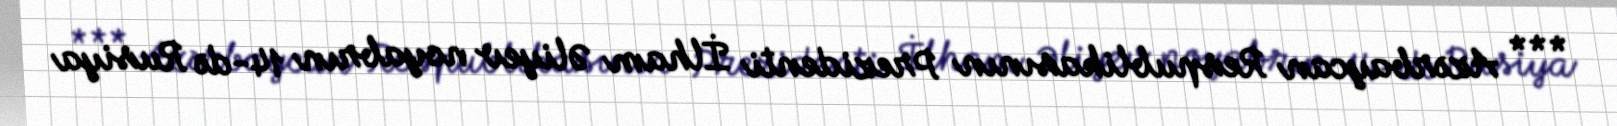
*** Azərbaycan Respublikasının Prezidenti İlham Əliyev noyabrın 14-də Rusiya